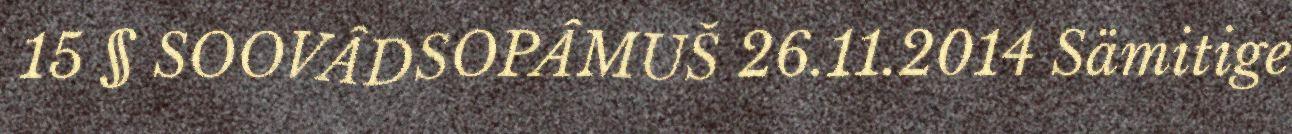
15 § SOOVÂDSOPÂMUŠ 26.11.2014 Sämitige